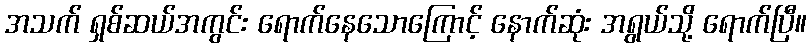
အသက် ရှစ်ဆယ်အကွင်း ရောက်နေသောကြောင့် နောက်ဆုံး အရွယ်သို့ ရောက်ပြီ။